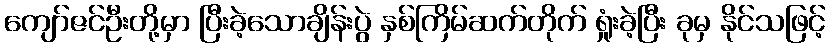
ကျော်ဇင်ဦးတို့မှာ ပြီးခဲ့သောချိန်းပွဲ နှစ်ကြိမ်ဆက်တိုက် ရှုံးခဲ့ပြီး ခုမှ နိုင်သဖြင့်